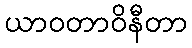
ယာဝတာဝိနီတာ